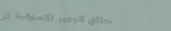
حدائق الزهور للاستراحة تر